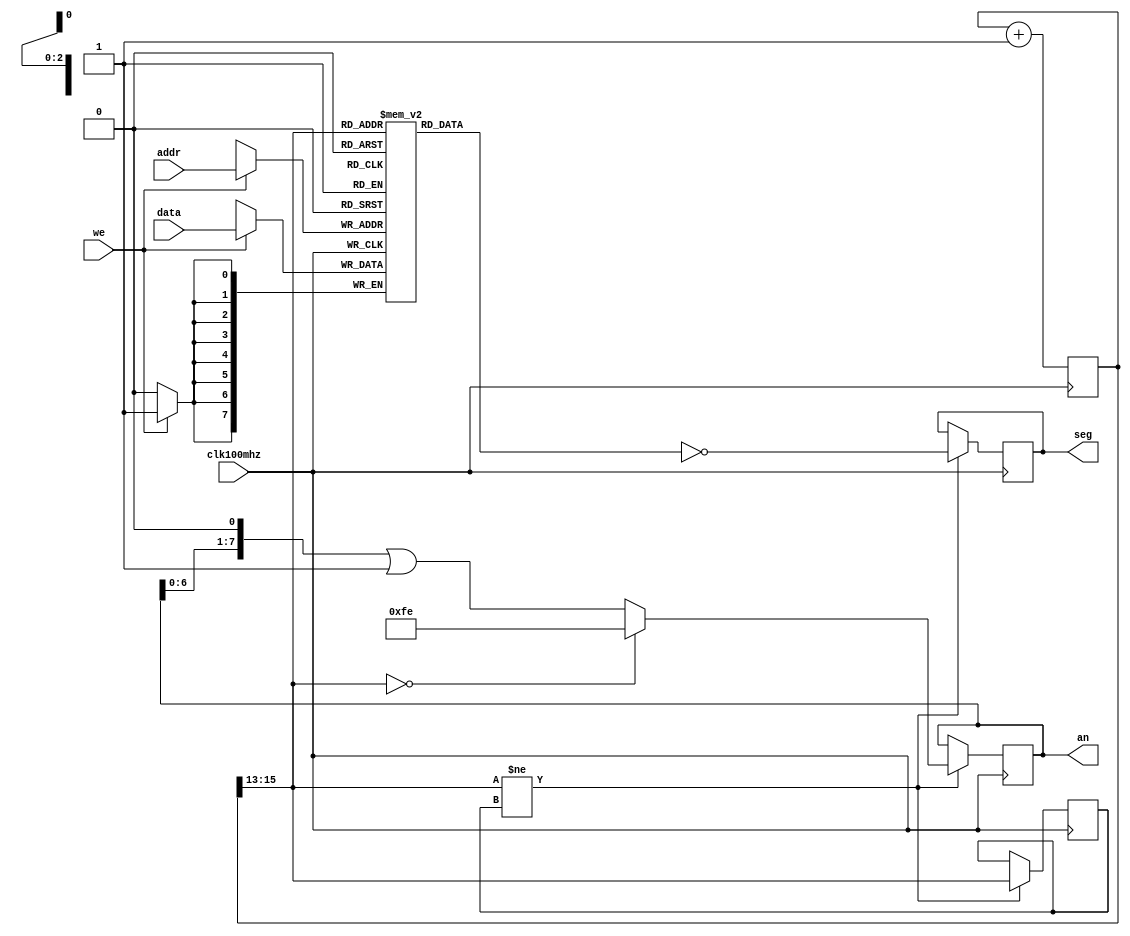
module sevenseg_3(input clk100mhz,
                input [2:0]      addr,
                input [7:0]      data,
                input            we,
                output reg [7:0] seg,
                output reg [7:0] an);
   reg [7:0]                 mem[0:7];
   always @(posedge clk100mhz)
     begin
        if (we) mem[addr] <= data;
     end
   reg [15:0] counter;
   wire [2:0] caddr;
   reg [2:0]  pcaddr;
   assign caddr = counter[15:13];
   always @(posedge clk100mhz)
     begin
        counter <= counter + 1;
        if (caddr != pcaddr) begin
           if (caddr == 0) an <= (255-1);
           else an <= (an << 1)|1'b1;
           seg <= ~(mem[caddr]);
           pcaddr <= caddr;
        end
     end
endmodule